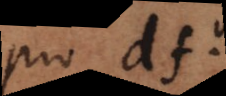
pro dfg